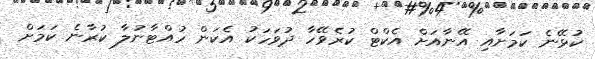
ކުޅޭނެ ކަމަށާއި އޭނާއަށް އެކްޓް ކުރެވޭހާ ދުވަހަކު އެކަން ހުއްޓާނުލާ ކުރާނެ ކަމަށް